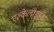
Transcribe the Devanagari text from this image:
एल्केलॉइड्स